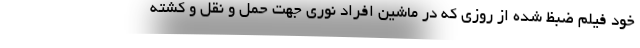
خود فیلم ضبظ شده از روزی که در ماشین افراد نوری جهت حمل و نقل و کشته